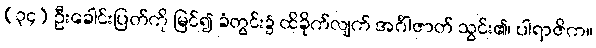
(၃၄) ဦးခေါင်းပြတ်ကို မြင်၍ ခံတွင်း၌ ထိခိုက်လျက် အင်္ဂါဇာတ် သွင်း၏၊ ပါရာဇိက။